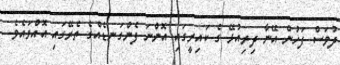
ދުވަސް ފަހުން އޭނާ ދިރިއުޅޭ ގެ ކައިރީގައި އޮންނަ ފެންގަނޑެއްގެ ތެރޭގައި އޮއްވައެވެ.